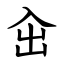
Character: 㒴